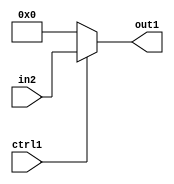
`timescale 1ps / 1ps
/*****************************************************************************
    Verilog RTL Description
    
    
    Created by: Stratus DpOpt 2019.1.01 
*******************************************************************************/

module fix2float_Muxu24i0u1_4 (
	in2,
	ctrl1,
	out1
	); /* architecture "behavioural" */ 
input [23:0] in2;
input  ctrl1;
output [23:0] out1;
wire [23:0] asc001;

reg [23:0] asc001_tmp_0;
assign asc001 = asc001_tmp_0;
always @ (ctrl1 or in2) begin
	case (ctrl1)
		1'B1 : asc001_tmp_0 = in2 ;
		default : asc001_tmp_0 = 24'B000000000000000000000000 ;
	endcase
end

assign out1 = asc001;
endmodule

/* CADENCE  uLX3Qw4= : u9/ySgnWtBlWxVPRXgAZ4Og= ** DO NOT EDIT THIS LINE ******/